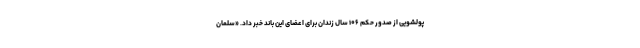
پولشویی از صدور حکم ۱۰۶ سال زندان برای اعضای این باند خبر داد. «سلمان